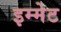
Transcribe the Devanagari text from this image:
इम्मेट